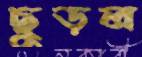
ছুড়ল